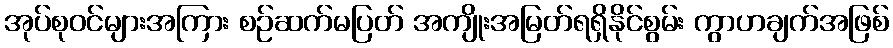
အုပ်စုဝင်များအကြား စဉ်ဆက်မပြတ် အကျိုးအမြတ်ရရှိနိုင်စွမ်း ကွာဟချက်အဖြစ်